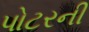
પોટરની